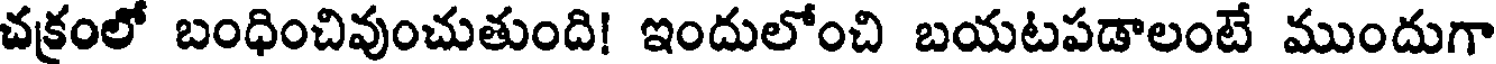
చక్రంలో బంధించివుంచుతుంది! ఇందులోంచి బయటపడాలంటే ముందుగా